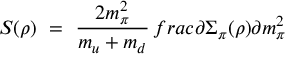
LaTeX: S ( \rho ) \ = \ \frac { 2 m _ { \pi } ^ { 2 } } { m _ { u } + m _ { d } } \, f r a c { \partial \Sigma _ { \pi } ( \rho ) } { \partial m _ { \pi } ^ { 2 } }